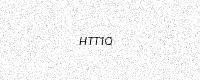
Text: HTT1Q